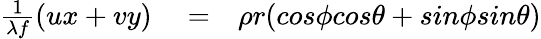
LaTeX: \begin{array}{rlr}{\frac{1}{\lambda f}(ux+vy)}&{{}=}&{\rho r(cos\phi cos\theta+sin\phi sin\theta)}\end{array}